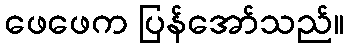
ဖေဖေက ပြန်အော်သည်။